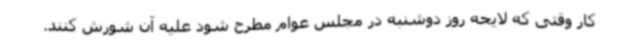
کار وقتی که لایحه روز دوشنبه در مجلس عوام مطرح شود علیه آن شورش کنند.